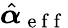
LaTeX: \hat{\boldsymbol{\alpha}}_{\mathrm{~e~f~f~}}